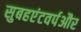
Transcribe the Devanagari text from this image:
सुबहएंटवर्पऔर